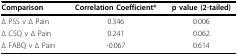
| Comparison | Correlation Coefficient* | p value (2-tailed) |
 | --- | --- | --- |
 | Δ PSS v Δ Pain | 0.346 | 0.006 |
 | Δ CSQ v Δ Pain | 0.241 | 0.062 |
 | Δ FABQ v Δ Pain | -0.067 | 0.614 |